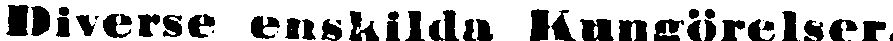
Diverse enskilda Kungörelser